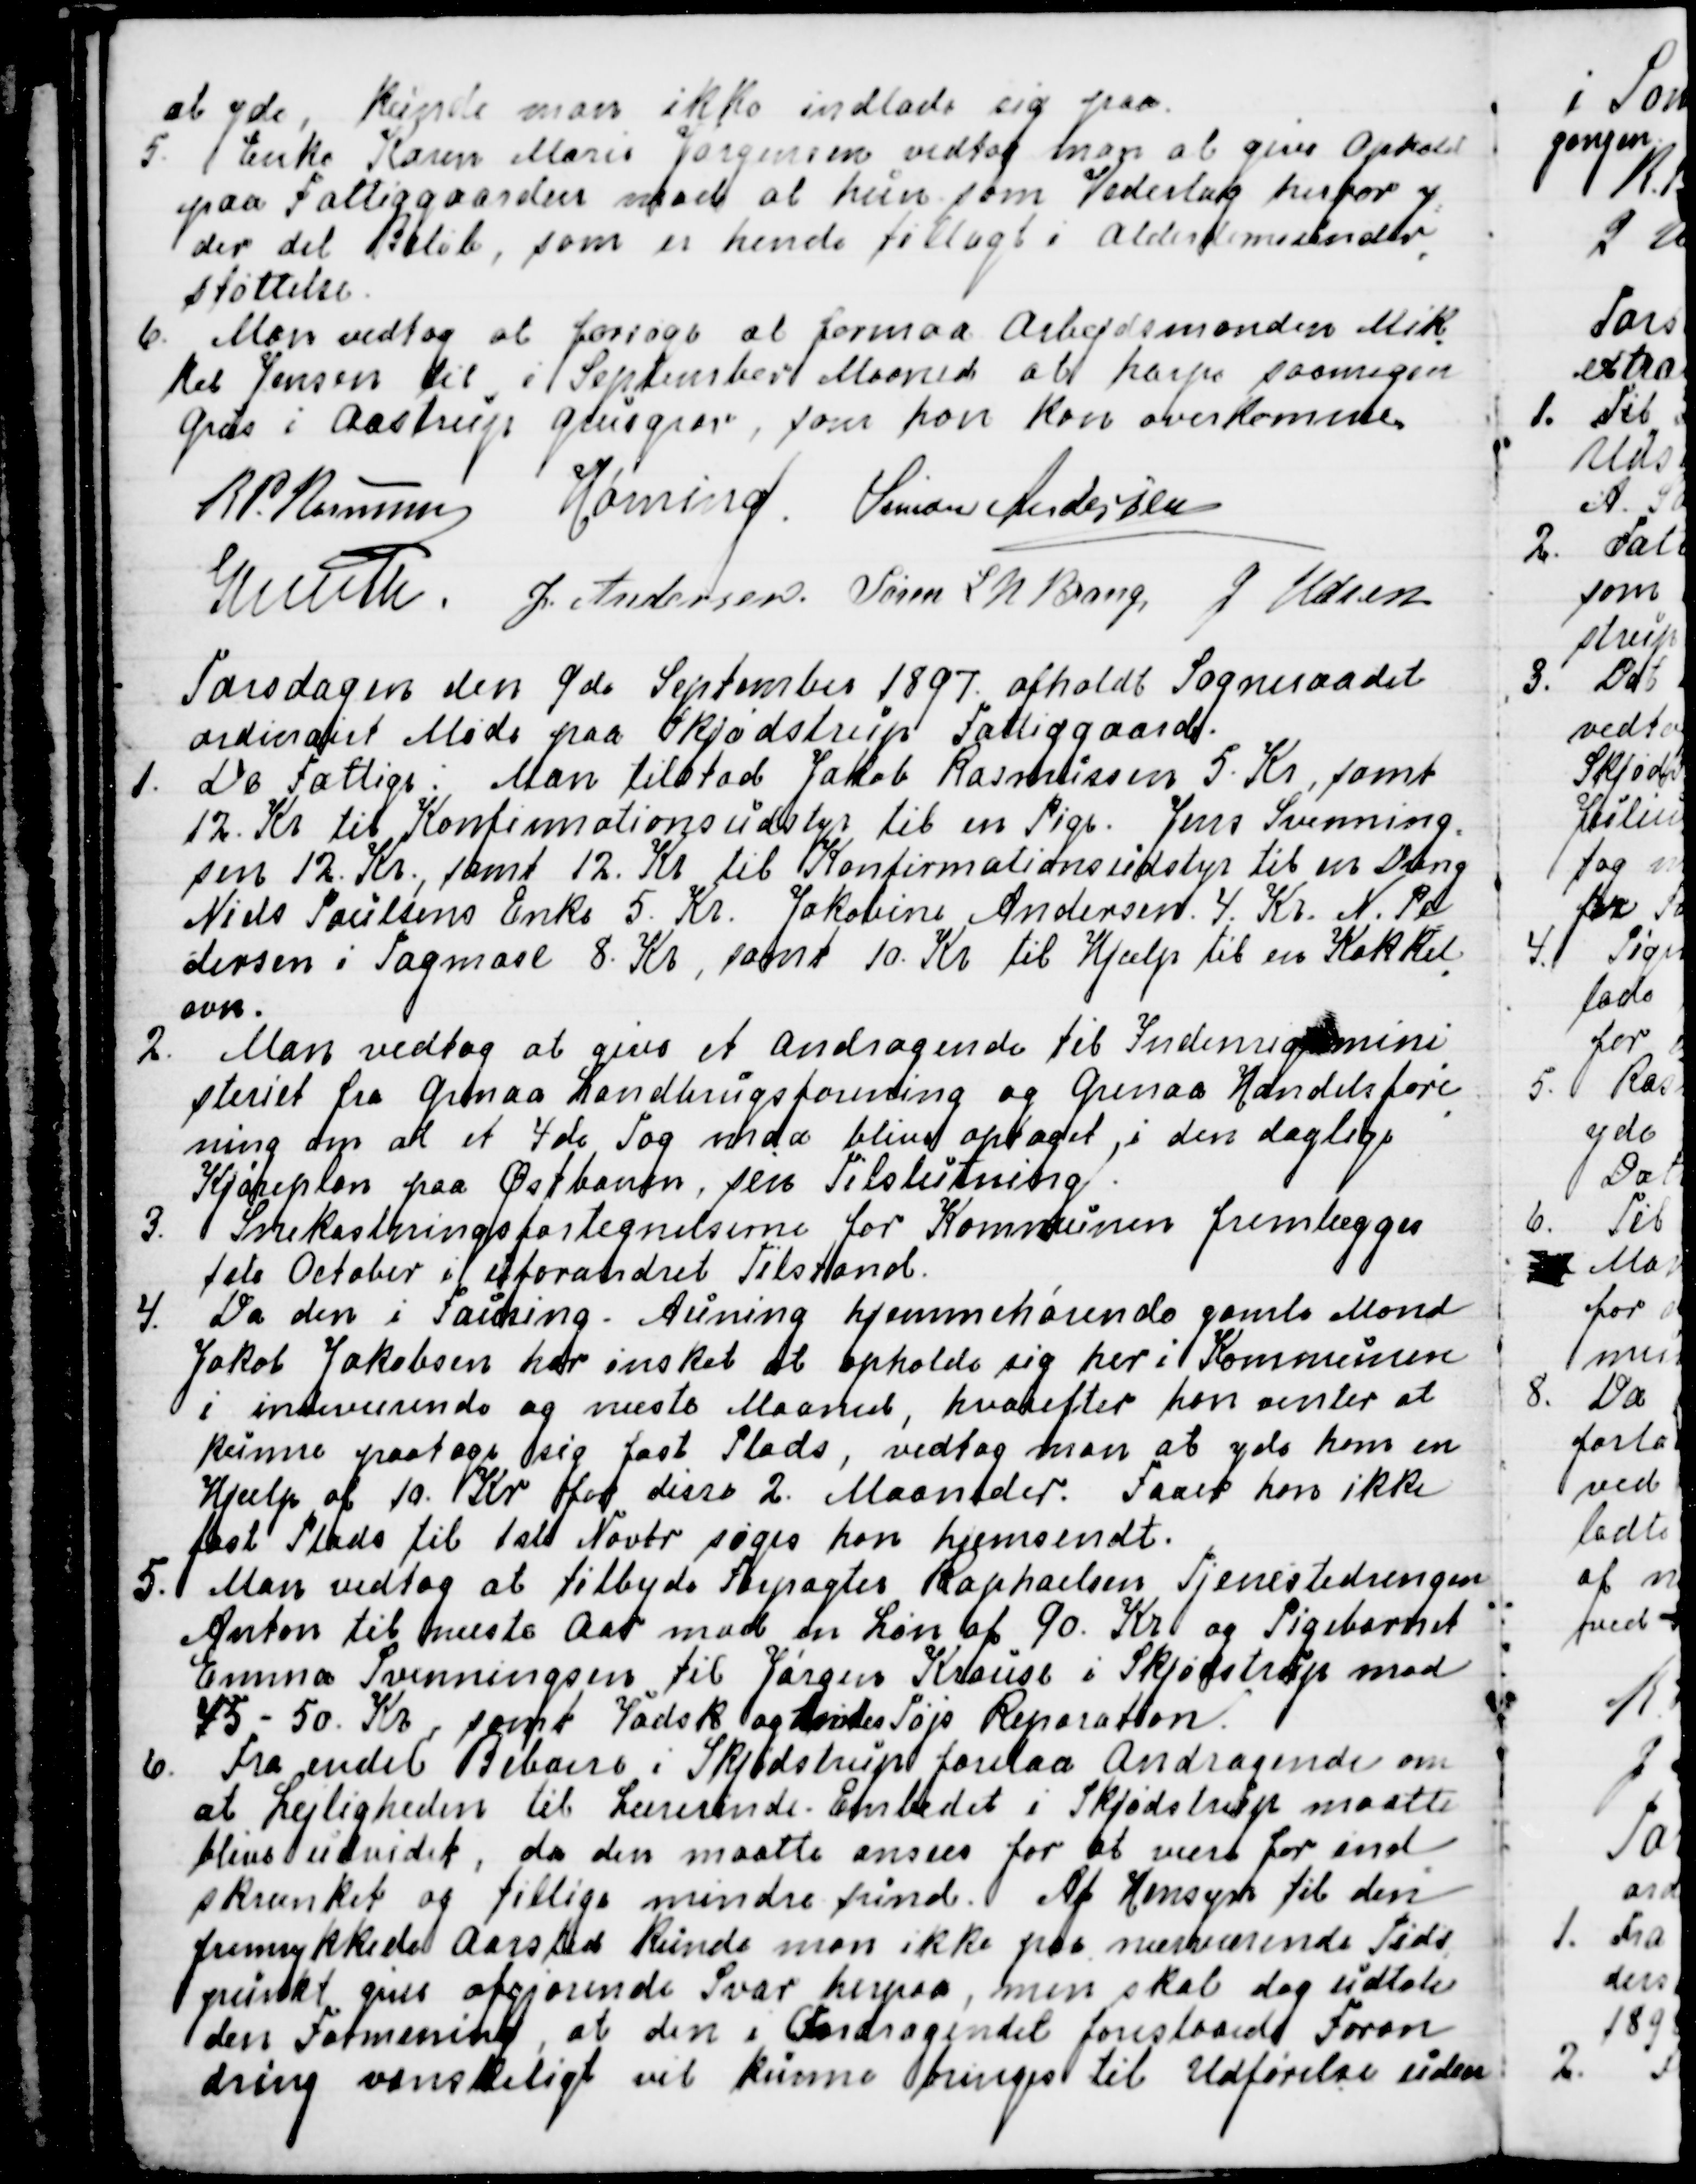
Transskription:
at yde, kunde man ikke indlade sig paa.
5. Enke Karen Marie Jørgensen vedtog man at give Ophold
paa Fattiggaarden mod at hun som Vederlag herfor y
=
der det Beløb, som er hende tillagt i Alderdomsunder
=
støttelse.
6. Man vedtog at forsøge at formaa Arbejdsmanden Mik
-
kel Jensen til i September Maaned at harpe saamegen
Grus i Aastrup Grusgrav, som han kan overkomme.
R P. Rasmussen
Hørning.
Simon Andersen
Knuth.
J. Andersen.
Søren L N Bang
J Udsen

Torsdagen den 9de September 1897. afholdt Sogneraadet
ordinairt Møde paa Skjødstrup Fattiggaard.
1. De Fattige: Man tilstod Jakob Rasmussen 5. Kr, samt
12. Kr. til Konfirmationsudstyr til en Pige. Jens Svenning
=
sen 12. Kr, samt 12. Kr til Konfirmationsudstyr til en Dreng
Niels Poulsens Enke 5. Kr. Jakobine Andersen. 4. Kr. N. Pe
-
dersen i Tagmose 8. Kr, samt 10. Kr. til Hjælp til en Kakkel
-
ovn.
2. Man vedtog at give et Andragende til Indenrigsmini
-
steriet fra Grenaa Landbrugsforening og Grenaa Handelsfore
-
ning om at et 4de Tog maa blive optaget i den daglige
Kjøreplan paa Østbanen, sin Tilslutning.
3. Snekastningsfortegnelserne for Kommunen fremlægges
1ste October i uforandret Tilstand.
4. Da den i Fausing - Auning hjemmehørende gamle Mand
Jakob Jakobsen har ønsket at opholde sig her i Kommunen
i indeværende og næste Maaned, hvorefter han venter at
kunne paatage sig fast Plads, vedtog man at yde ham en
Hjælp af 10. Kr for disse 2. Maaneder. Faaer han ikke
fast Plads til 1ste Novbr søges han hjemsendt.
5. Man vedtog at tilbyde Forpagter Raphaelsen Tjenestedrengen
Anton til næste Aar mod en Løn af 90. Kr og Pigebarnet
Emma Svenningsen til Jørgen Krause i Skjødstrup mod
45 - 50. Kr, samt Vadsk og hendes Tøjs Reparation.
6. Fra endel Beboere i Skjødstrup forelaa Andragende om
at Lejligheden til Lærerinde-Embedet i Skjødstrup maatte
blive udvidet, da den maatte anses for at være for ind
-
skrænket og tillige mindre sund. Af Hensyn til den
fremrykkede Aarstid kunde man ikke paa nuværende Tids
-
punkt give afgjørende Svar herpaa, men skal dog udtale
den Formening, at den i Andragendet foreslaaede Foran
=
dring vanskeligt vil kunne bringes til Udførelse uden